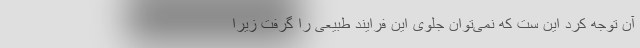
آن توجه کرد این ست که نمی‌توان جلوی این فرایند طبیعی را گرفت زیرا